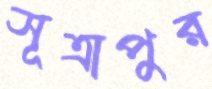
সূত্রাপুর